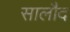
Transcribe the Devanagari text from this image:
सालौद